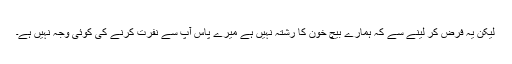
لیکن یہ فرض کر لینے سے کہ ہمارے بیچ خون کا رشتہ نہیں ہے میرے پاس آپ سے نفرت کرنے کی کوئی وجہ نہیں ہے۔